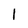
Character: 1